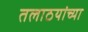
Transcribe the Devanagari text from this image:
तलाठयांच्या